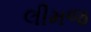
લીમજ